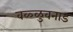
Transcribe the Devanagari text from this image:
वळ्ळुवनाड